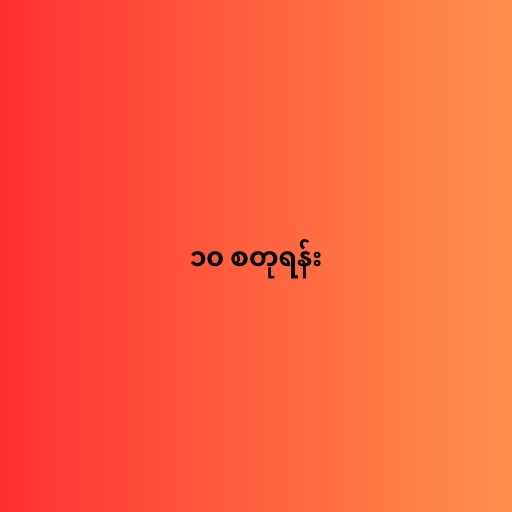
၁၀ စတုရန်း